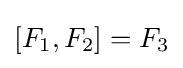
[F_{1},F_{2}]=F_{3}